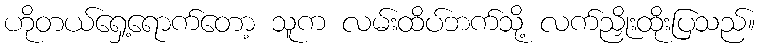
ဟိုတယ်ရှေ့ရောက်တော့ သူက လမ်းထိပ်ဘက်သို့ လက်ညှိုးထိုးပြသည်။